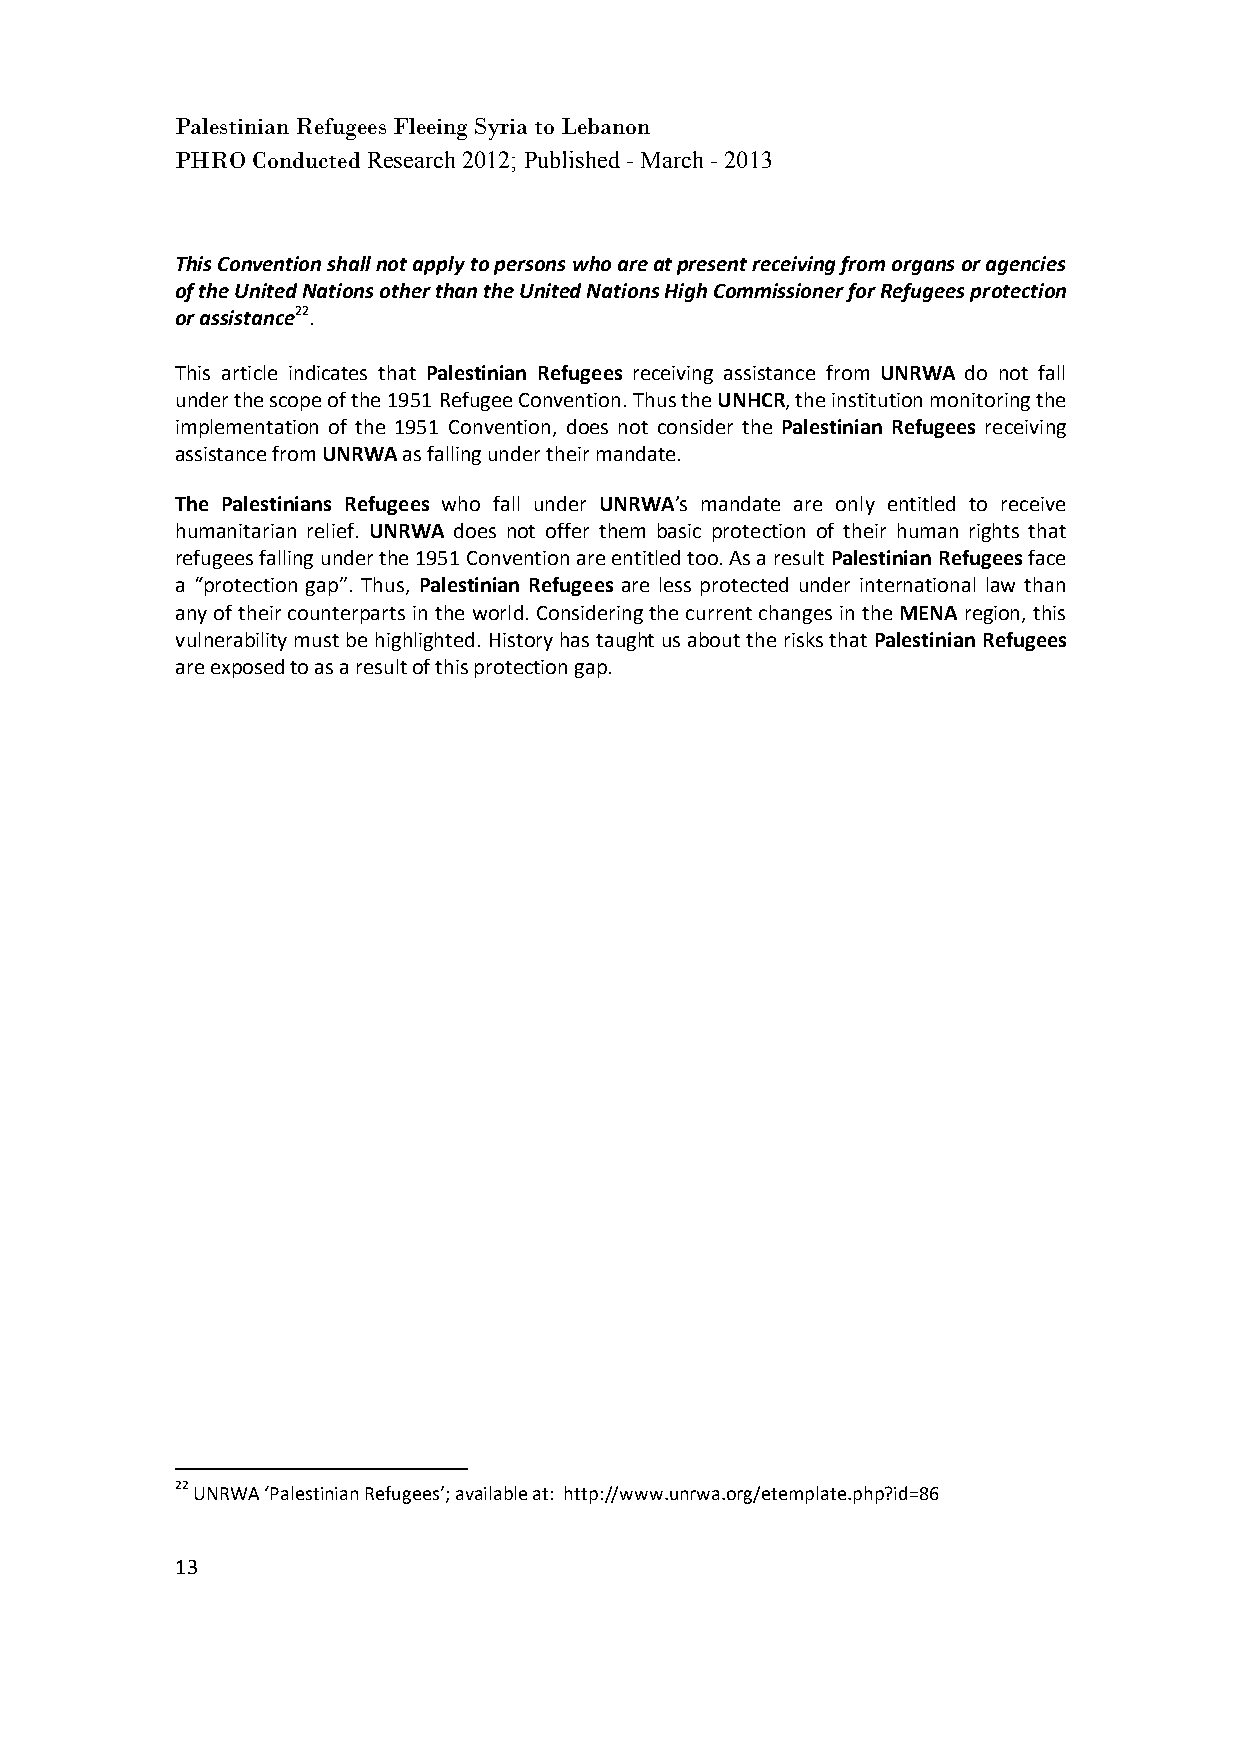
Palestinian Refugees Fleeing Syria to Lebanon
 PHRO Conducted Research 2012; Published - March - 2013
 This Convention shall not apply to persons who are at present receiving from organs or agencies
 of the United Nations other than the United Nations High Commissioner for Refugees protection
 or assistance22.
 This article indicates that Palestinian Refugees receiving assistance from UNRWA do not fall
 under the scope of the 1951 Refugee Convention. Thus the UNHCR, the institution monitoring the
 implementation of the 1951 Convention, does not consider the Palestinian Refugees receiving
 assistance from UNRWA as falling under their mandate.
 The Palestinians Refugees who fall under UNRWA’s mandate are only entitled to receive
 humanitarian relief. UNRWA does not offer them basic protection of their human rights that
 refugees falling under the 1951 Convention are entitled too. As a result Palestinian Refugees face
 a “protection gap”. Thus, Palestinian Refugees are less protected under international law than
 any of their counterparts in the world. Considering the current changes in the MENA region, this
 vulnerability must be highlighted. History has taught us about the risks that Palestinian Refugees
 are exposed to as a result of this protection gap.
 22 UNRWA ‘Palestinian Refugees’; available at: http://www.unrwa.org/etemplate.php?id=86
 13